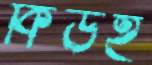
কিউই